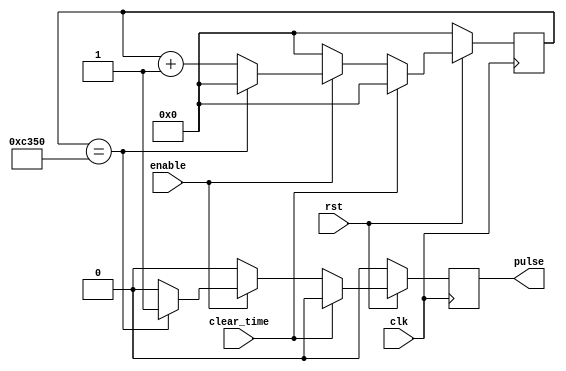

module Timer1ms(enable, clear_time, rst, clk, pulse);
input enable, clear_time, clk, rst;
output pulse;
reg [15:0] count;
reg pulse;


always@ (posedge clk)
	if(rst == 0) begin
	  count <= 0;
	  pulse <= 0;
	end
	else if(clear_time == 1) begin
	  count <= 0;
	  pulse <= 0;	  
	end
        else begin
	  if (enable == 1) begin
	    if(count == 50000) begin
	      count <= 0;
		   pulse <= 1;
	    end
	    else begin
	      count <= count + 1;
		   pulse <= 0;
	    end
	  end
	  else begin
	    count <= 0;
	    pulse <= 0;
	  end
   end
endmodule